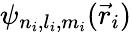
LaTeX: \psi_{n_{i},l_{i},m_{i}}({\vec{r}}_{i})